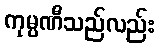
ကုမ္ပဏီသည်လည်း